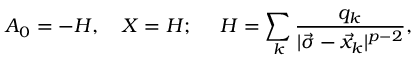
A _ { 0 } = - H , \ \ \ X = H ; \ \ \ \ H = \sum _ { k } { \frac { q _ { k } } { | \vec { \sigma } - \vec { x } _ { k } | ^ { p - 2 } } } ,